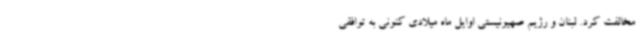
مخالفت کرد. لبنان و رژیم صهیونیستی اوایل ماه میلادی کنونی به توافقی